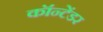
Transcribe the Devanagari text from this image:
कॉन्टेंडर